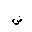
Letter: _dad